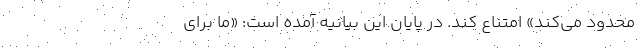
محدود می‌کند» امتناع کند. در پایان این بیانیه آمده است: «ما برای